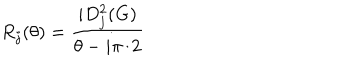
LaTeX: R _ { j } ( \theta ) = \frac { i D _ { j } ^ { 2 } ( G ) } { \theta - i \pi / 2 }